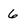
Character: 6